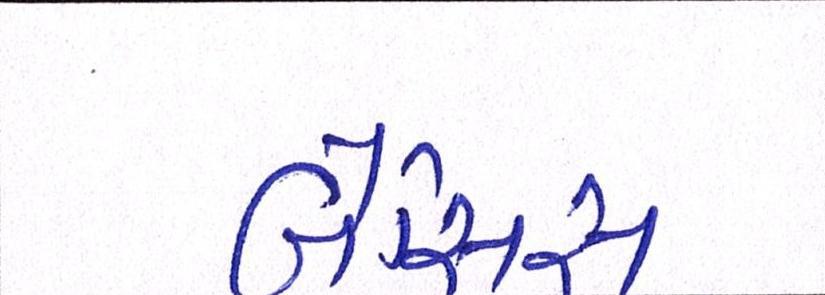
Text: બેસિસ